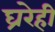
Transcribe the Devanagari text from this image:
घ्ररेही